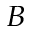
_ B